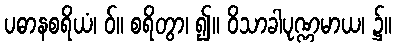
ပဓာနစရိယံ၊ ဝ်။ စရိတွာ၊ ၍။ ဝိသာခါပုဏ္ဏမာယ၊ ၌။